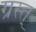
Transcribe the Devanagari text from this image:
ग्रस्त्